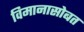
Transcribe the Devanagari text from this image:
विमानासोबत